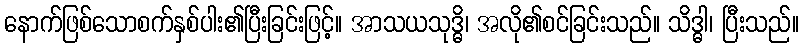
နောက်ဖြစ်သောစက်နှစ်ပါး၏ပြီးခြင်းဖြင့်။ အာသယသုဒ္ဓိ၊ အလို၏စင်ခြင်းသည်။ သိဒ္ဓါ၊ ပြီးသည်။